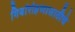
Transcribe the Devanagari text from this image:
गिर्यारोहणासाठीचे